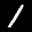
Label: 1